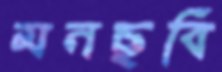
মনছবি